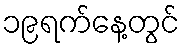
၁၉ရက်နေ့တွင်